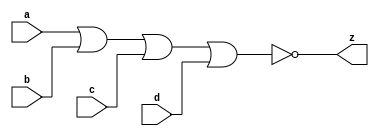
//#############################################################################
//# Function: 4 Input Nor Gate                                                #
//# Copyright: OH Project Authors. ALl rights Reserved.                       #
//# License:  MIT (see LICENSE file in OH repository)                         # 
//#############################################################################

module oh_nor4 #(parameter DW = 1 ) // array width
   (
    input [DW-1:0]  a,
    input [DW-1:0]  b,
    input [DW-1:0]  c,
    input [DW-1:0]  d, 
    output [DW-1:0] z
    );
   
   assign z = ~(a | b | c | d);
   
endmodule